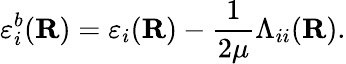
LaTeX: \varepsilon_{i}^{b}(\textbf{R})=\varepsilon_{i}(\textbf{R})-\frac{1}{2\mu}\Lambda_{ii}(\textbf{R}).